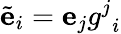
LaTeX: {\tilde{\mathbf{e}}}_{i}=\mathbf{e}_{j}{g^{j}}_{i}